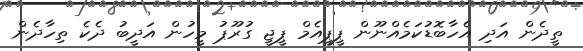
ތީދެން އަދި އެހާބޮޑުކަމެއްނޫން ޕީޕީއެމް ޕީޖީ ގުރޫޕު މީހުން އަދީބު ދެކެ ތިހާދެން